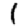
Digit: 1